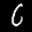
Label: 6